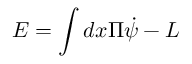
E = \int d x \Pi \dot { \psi } - L